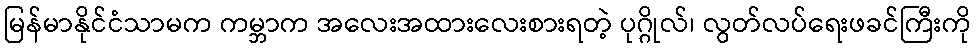
မြန်မာနိုင်ငံသာမက ကမ္ဘာက အလေးအထားလေးစားရတဲ့ ပုဂ္ဂိုလ်၊ လွတ်လပ်ရေးဖခင်ကြီးကို